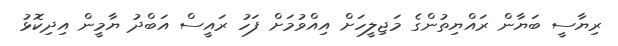
ރިޔާސީ ބަޔާން ރައްޔިތުންގެ މަޖިލީހަށް އިއްވުމަށް ފަހު ރައީސް އަބްދު ޔާމީން އިދިކޮޅު